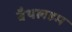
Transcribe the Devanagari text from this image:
बैथलहम